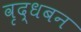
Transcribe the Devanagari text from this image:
वृद्धबन